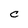
Character: C